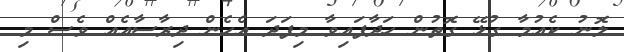
ލޮނު ކެއުމާ ގުޅޭ ގޮތުން ހަދާފައިވާ މިފަދަ އެހެން ދިރާސާއެއް ވެސް މި